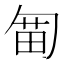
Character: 𠣯